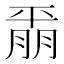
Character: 𫷚